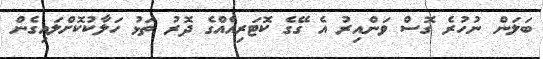
ބަލަން ނުހުރެ ގޮސް ވަންއިރު އެ ގޭގެ ކޮޓަރިއެއްގެ ދޮރު ތަޅު ހަލާކުކޮށްލައިގެން